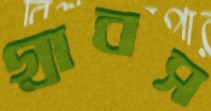
গ্রাবস